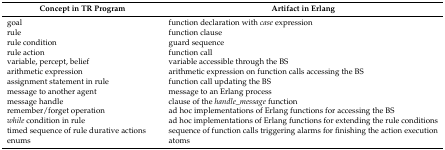
| Concept in TR Program | Artifact in Erlang |
 | --- | --- |
 | goal | function declaration with case expression |
 | rule | function clause |
 | rule condition | guard sequence |
 | rule action | function call |
 | variable, percept, belief | variable accessible through the BS |
 | arithmetic expression | arithmetic expression on function calls accessing the BS |
 | assignment statement in rule | function call updating the BS |
 | message to another agent | message to an Erlang process |
 | message handle | clause of the handle_message function |
 | remember/forget operation | ad hoc implementations of Erlang functions for accessing the BS |
 | while condition in rule | ad hoc implementations of Erlang functions for extending the rule conditions |
 | timed sequence of rule durative actions | sequence of function calls triggering alarms for finishing the action execution |
 | enums | atoms |